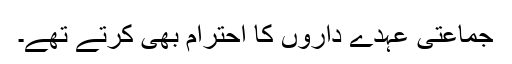
جماعتی عہدے داروں کا احترام بھی کرتے تھے۔